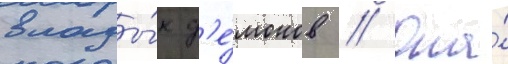
влады́к д'е́монов // Она́